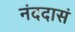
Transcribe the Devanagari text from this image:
नंददासं